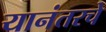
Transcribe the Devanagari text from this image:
यानंतरचे